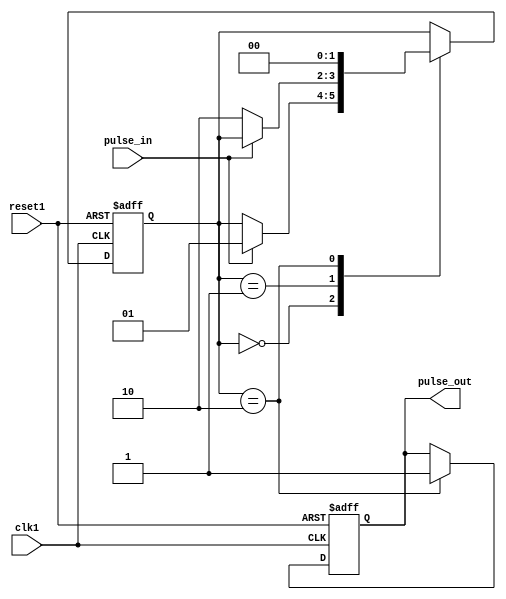
module pulse_synchronizer (
    input wire clk1, // Clock signal of domain 1
    input wire reset1, // Reset signal of domain 1
    input wire pulse_in, // Input pulse signal to be synchronized
    output reg pulse_out // Synchronized output pulse signal
);

reg [1:0] state; // State variable for synchronization
reg pulse_synced; // Synchronized pulse flag

always @(posedge clk1 or posedge reset1) begin
    if (reset1) begin
        state <= 2'b00; // Reset state
        pulse_synced <= 0;
        pulse_out <= 0;
    end else begin
        case (state)
            2'b00: begin // State 0: Wait for pulse input
                if (pulse_in) begin
                    state <= 2'b01; // Proceed to next state
                end
            end
            2'b01: begin // State 1: Synchronize pulse
                if (~pulse_in) begin
                    state <= 2'b10; // Proceed to next state
                end
            end
            2'b10: begin // State 2: Output synchronized pulse
                pulse_out <= 1; // Set synchronized pulse signal
                pulse_synced <= 1; // Set synchronized pulse flag
                state <= 2'b00; // Reset state
            end
        endcase
    end
end

endmodule